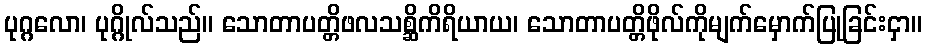
ပုဂ္ဂလော၊ ပုဂ္ဂိုလ်သည်။ သောတာပတ္တိဖလသစ္ဆိကိရိယာယ၊ သောတာပတ္တိဖိုလ်ကိုမျက်မှောက်ပြုခြင်းငှာ။